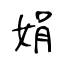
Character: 娟